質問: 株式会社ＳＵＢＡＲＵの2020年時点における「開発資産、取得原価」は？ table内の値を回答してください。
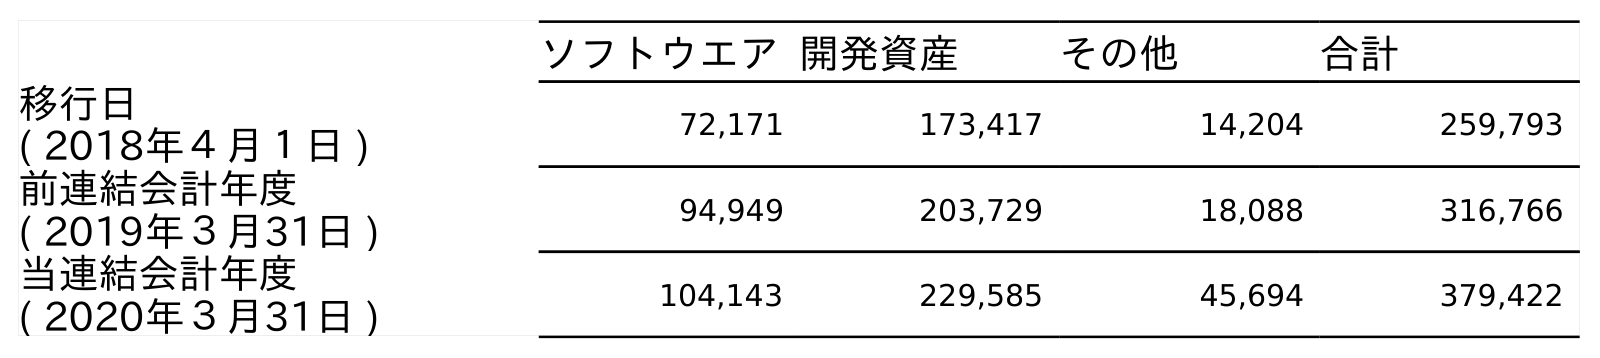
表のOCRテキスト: ソフトウエア開発資産 その他 合計 移行日 ( 2018年４月１日 ) 72,171 173,417 14,204 259,793 前連結会計年度 ( 2019年３月31日 ) 94,949 203,729 18,088 316,766 当連結会計年度 ( 2020年３月31日 ) 104,143 229,585 45,694 379,422
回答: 229,585